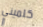
كلميني